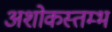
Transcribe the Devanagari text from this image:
अशोकस्तम्भ